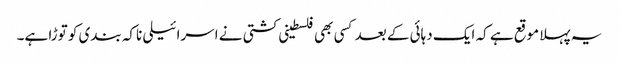
یہ پہلا موقع ہے کہ ایک دہائی کے بعد کسی بھی فلسطینی کشتی نے اسرائیلی ناکہ بندی کو توڑا ہے۔